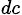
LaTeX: _{dc}